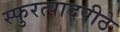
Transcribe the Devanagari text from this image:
स्फुरत्पादपीठे